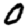
Digit: 0